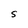
Character: S